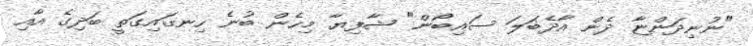
"ނުނިދަންޏާ ދެން އާދެބަލަ ސައިބޯން" ޝާފިޔާ މިހެން ބުނެ ހިނގައިގަތީ ބަދިގެ އާއި